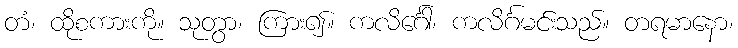
တံ၊ ထိုစကားကို။ သုတွာ၊ ကြား၍။ ကလိင်္ဂေါ၊ ကလိင်္ဂမင်းသည်။ တရမာနော၊